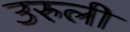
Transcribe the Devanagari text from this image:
उरुली